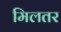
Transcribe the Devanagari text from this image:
मिलतर